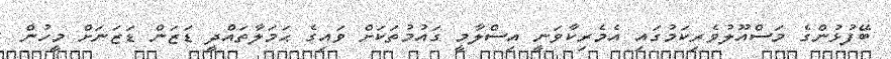
ބޭފުޅުންގެ މަސްއޫލުވެރިކަމުގައި އެމެރިކާވަނީ އިސްލާމީ ގައުމުތަކަށް ވައިގެ ޙަމަލާތައްދީ ޑަޒަން ޑަޒަނަށް މީހުން